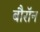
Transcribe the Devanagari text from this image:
बौरॉन